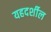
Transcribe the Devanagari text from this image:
यहदर्शील